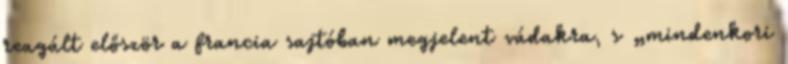
reagált először a francia sajtóban megjelent vádakra, s „mindenkori